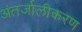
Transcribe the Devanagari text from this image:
अंतर्जालीकरण